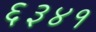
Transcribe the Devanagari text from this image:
६३४१